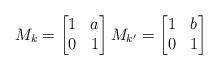
LaTeX: \begin{align*} M_k= \begin{bmatrix} 1&a\\ 0&1 \end{bmatrix} M_{k'}= \begin{bmatrix} 1&b\\ 0&1 \end{bmatrix} \end{align*}